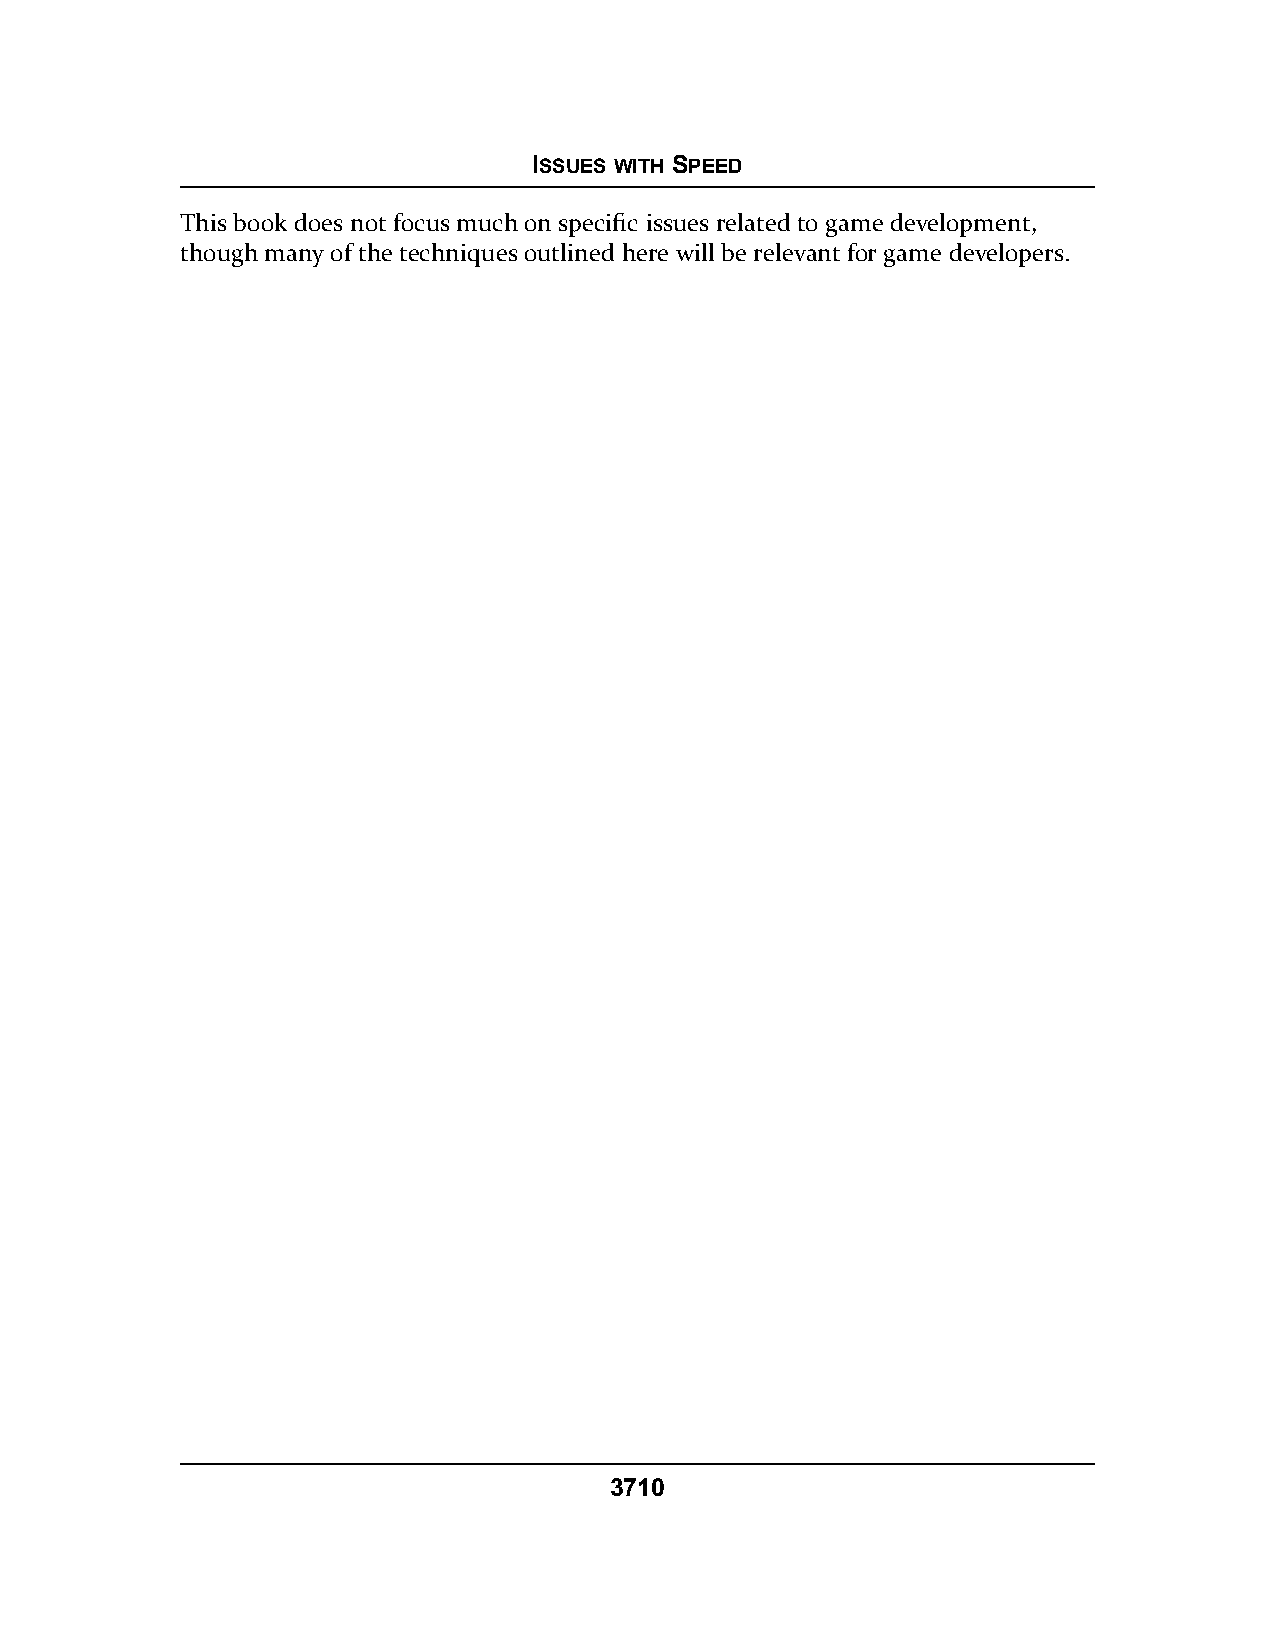
ISSUES WITH SPEED
 This book does not focus much on specific issues related to game development,
 though many of the techniques outlined here will be relevant for game developers.
 3710